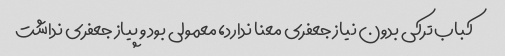
کباب ترکی بدون نیاز جعفری معنا ندارد، معمولی بود و پیاز جعفری نداشت